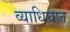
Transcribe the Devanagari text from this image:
व्याधिघात